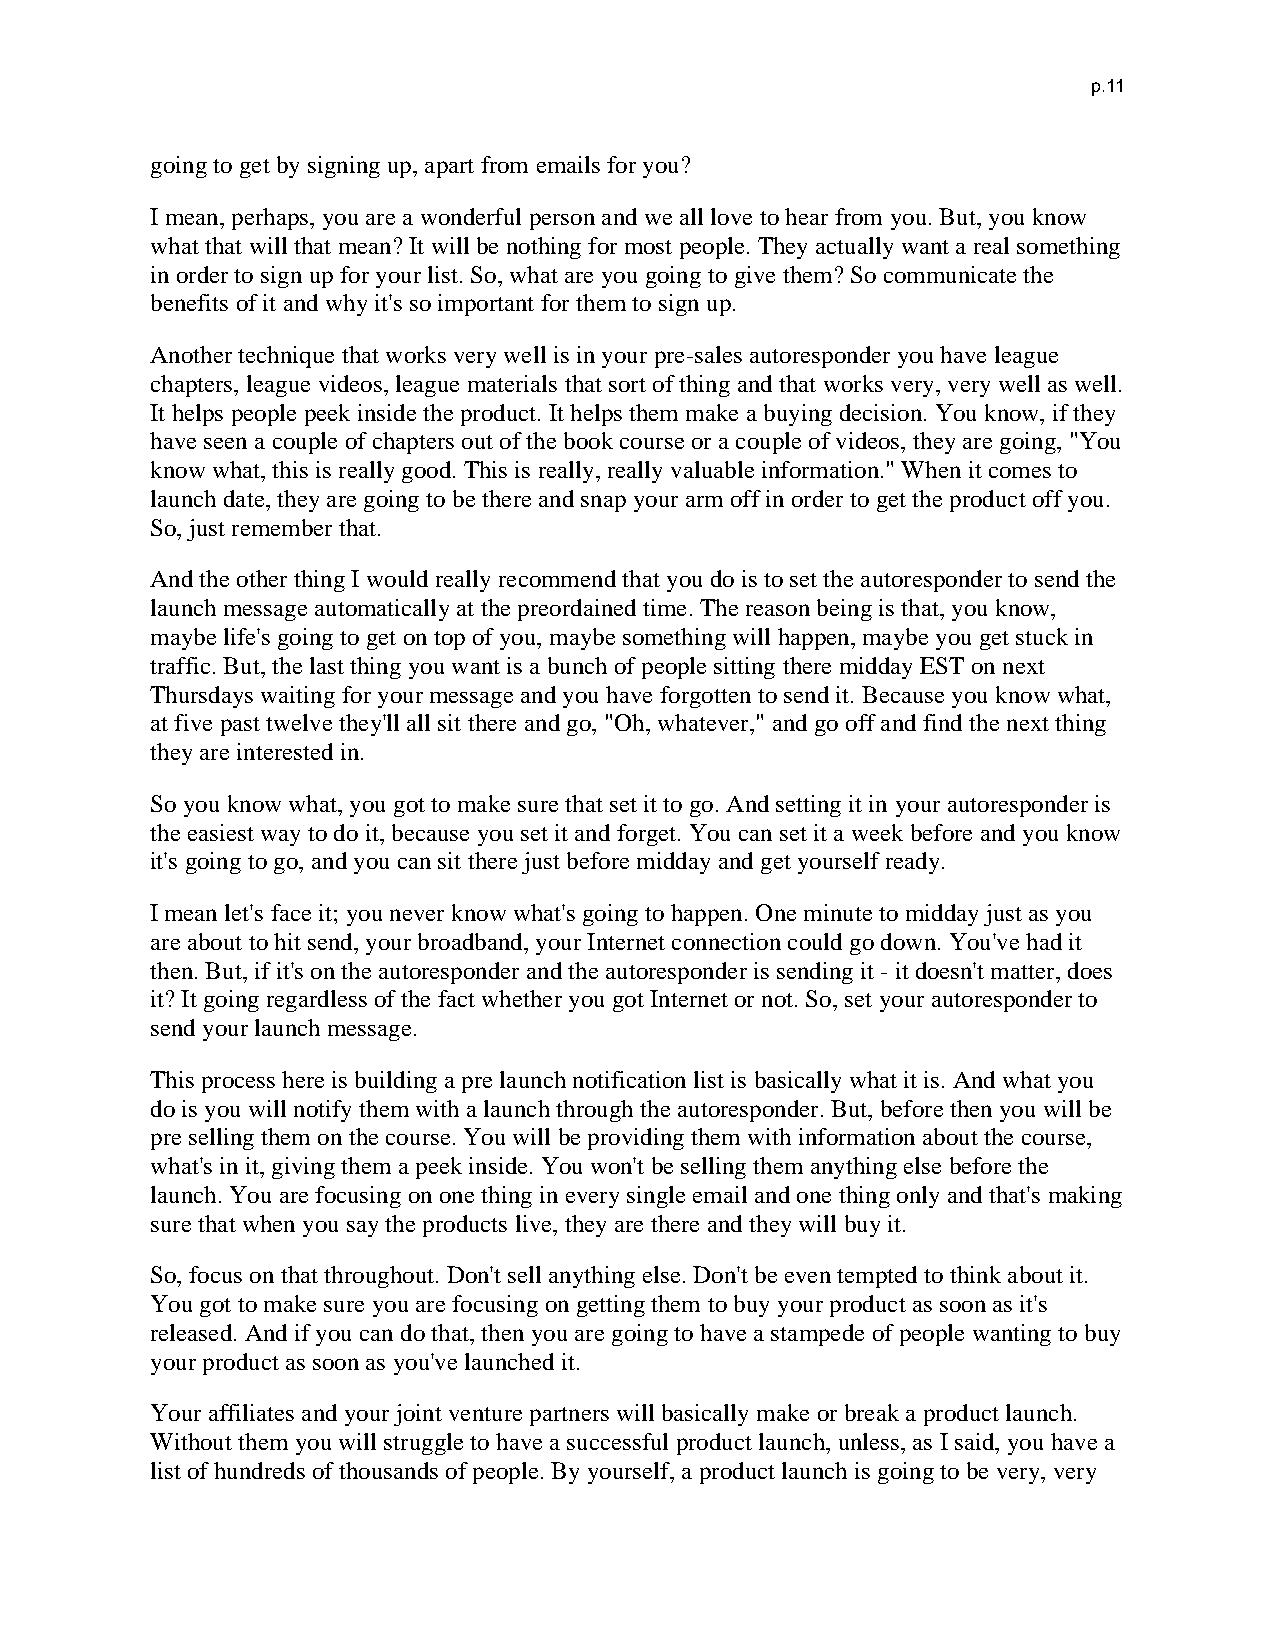
p.11
 going to get by signing up, apart from emails for you?
 I mean, perhaps, you are a wonderful person and we all love to hear from you. But, you know
 what that will that mean? It will be nothing for most people. They actually want a real something
 in order to sign up for your list. So, what are you going to give them? So communicate the
 benefits of it and why it's so important for them to sign up.
 Another technique that works very well is in your pre-sales autoresponder you have league
 chapters, league videos, league materials that sort of thing and that works very, very well as well.
 It helps people peek inside the product. It helps them make a buying decision. You know, if they
 have seen a couple of chapters out of the book course or a couple of videos, they are going, "You
 know what, this is really good. This is really, really valuable information." When it comes to
 launch date, they are going to be there and snap your arm off in order to get the product off you.
 So, just remember that.
 And the other thing I would really recommend that you do is to set the autoresponder to send the
 launch message automatically at the preordained time. The reason being is that, you know,
 maybe life's going to get on top of you, maybe something will happen, maybe you get stuck in
 traffic. But, the last thing you want is a bunch of people sitting there midday EST on next
 Thursdays waiting for your message and you have forgotten to send it. Because you know what,
 at five past twelve they'll all sit there and go, "Oh, whatever," and go off and find the next thing
 they are interested in.
 So you know what, you got to make sure that set it to go. And setting it in your autoresponder is
 the easiest way to do it, because you set it and forget. You can set it a week before and you know
 it's going to go, and you can sit there just before midday and get yourself ready.
 I mean let's face it; you never know what's going to happen. One minute to midday just as you
 are about to hit send, your broadband, your Internet connection could go down. You've had it
 then. But, if it's on the autoresponder and the autoresponder is sending it - it doesn't matter, does
 it? It going regardless of the fact whether you got Internet or not. So, set your autoresponder to
 send your launch message.
 This process here is building a pre launch notification list is basically what it is. And what you
 do is you will notify them with a launch through the autoresponder. But, before then you will be
 pre selling them on the course. You will be providing them with information about the course,
 what's in it, giving them a peek inside. You won't be selling them anything else before the
 launch. You are focusing on one thing in every single email and one thing only and that's making
 sure that when you say the products live, they are there and they will buy it.
 So, focus on that throughout. Don't sell anything else. Don't be even tempted to think about it.
 You got to make sure you are focusing on getting them to buy your product as soon as it's
 released. And if you can do that, then you are going to have a stampede of people wanting to buy
 your product as soon as you've launched it.
 Your affiliates and your joint venture partners will basically make or break a product launch.
 Without them you will struggle to have a successful product launch, unless, as I said, you have a
 list of hundreds of thousands of people. By yourself, a product launch is going to be very, very